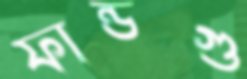
ফান্ডগু